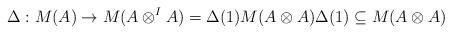
LaTeX: \begin{align*}\Delta: M(A) \rightarrow M(A\otimes^I A) = \Delta(1) M(A\otimes A)\Delta(1) \subseteq M(A\otimes A)\end{align*}